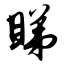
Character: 睇